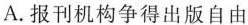
A.报刊机构争得出版自由